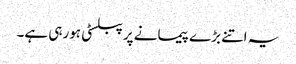
یہ اتنے بڑے پیمانے پر پبلسٹی ہورہی ہے۔